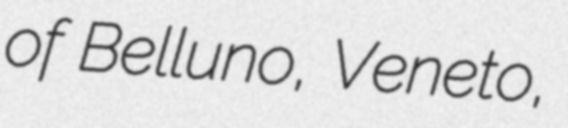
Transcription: of Belluno, Veneto,